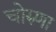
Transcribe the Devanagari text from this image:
चोरुणा